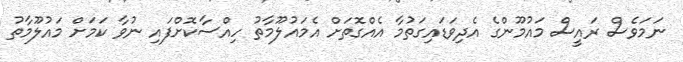
ނަމަވެސް ރައީސް މައުމޫންގެ އެދިވަޑައިގަތުމާ އެއްގޮތަށް އެމައުލޫމާތު ހިއްސާކޮށްފައި ނުވާ ކަމަށް މައުލޫމާތު